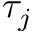
\tau _ { j }